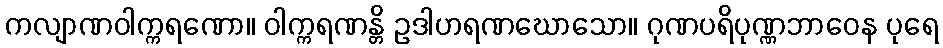
ကလျာဏဝါက္ကရဏော။ ဝါက္ကရဏန္တိ ဥဒါဟရဏဃောသော။ ဂုဏပရိပုဏ္ဏဘာဝေန ပုရေ